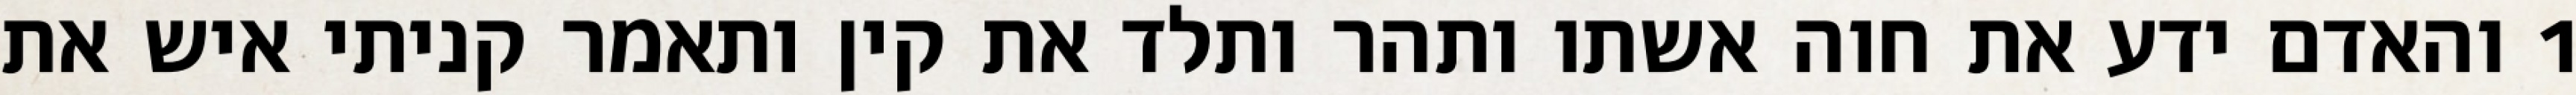
1 והאדם ידע את חוה אשתו ותהר ותלד את קין ותאמר קניתי איש את